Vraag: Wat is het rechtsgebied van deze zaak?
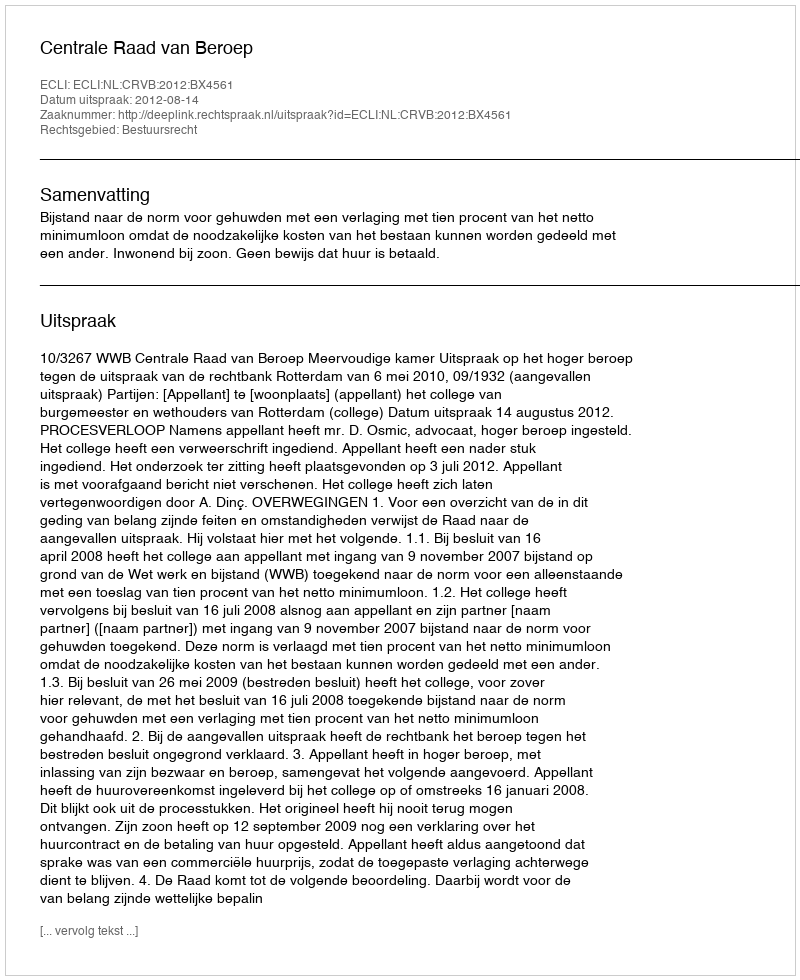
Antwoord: Bestuursrecht